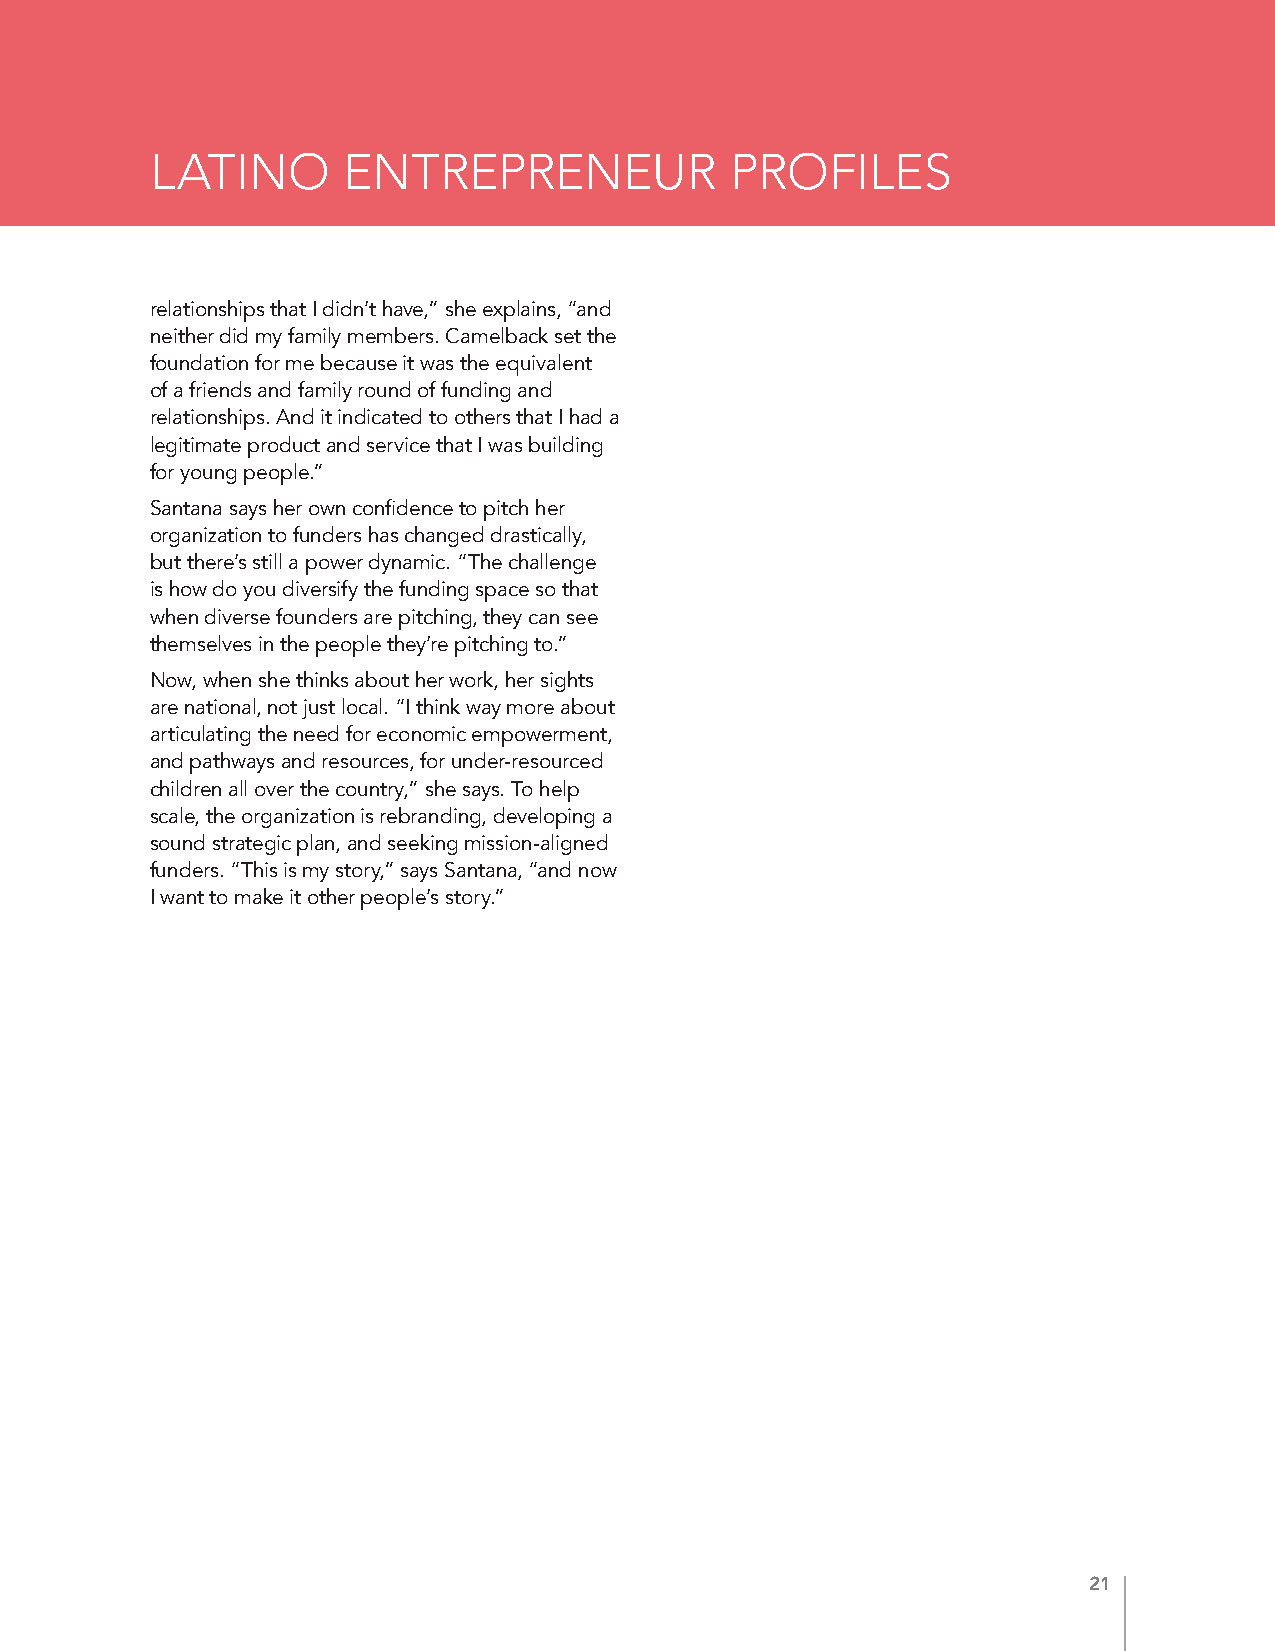
LATINO       ENTREPRENEUR             PROFILES
 relationships that I didn’t have,” she explains, “and
 neither did my family members. Camelback set the
 foundation for me because it was the equivalent
 of a friends and family round of funding and
 relationships. And it indicated to others that I had a
 legitimate product and service that I was building
 for young people.”
 Santana says her own confidence to pitch her
 organization to funders has changed drastically,
 but there’s still a power dynamic. “The challenge
 is how do you diversify the funding space so that
 when diverse founders are pitching, they can see
 themselves in the people they’re pitching to.”
 Now, when she thinks about her work, her sights
 are national, not just local. “I think way more about
 articulating the need for economic empowerment,
 and pathways and resources, for under-resourced
 children all over the country,” she says. To help
 scale, the organization is rebranding, developing a
 sound strategic plan, and seeking mission-aligned
 funders. “This is my story,” says Santana, “and now
 I want to make it other people’s story.”
 21